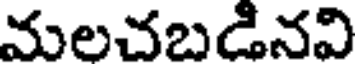
మలచబడినవి